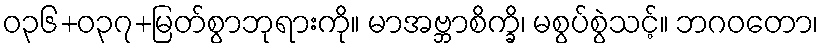
ဝ၃၆+၀၃၇+မြတ်စွာဘုရားကို။ မာအဗ္ဘာစိက္ခိ၊ မစွပ်စွဲသင့်။ ဘဂဝတော၊